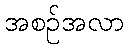
အစဉ်အလာ